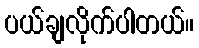
ပယ်ချလိုက်ပါတယ်။